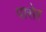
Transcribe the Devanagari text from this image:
पासेर